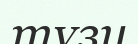
түзу